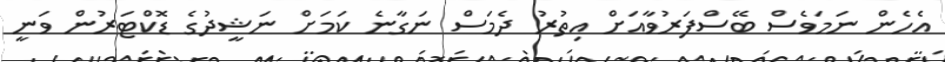
އެހެން ނަމަވެސް ބޭސްފަރުވާއަށް އިތުރު ދެމަސް ނަގާނެ ކަމަށް ނަޝީދުގެ ޑޮކްޓަރުން ވަނީ